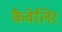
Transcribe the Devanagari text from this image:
कैवेलिर